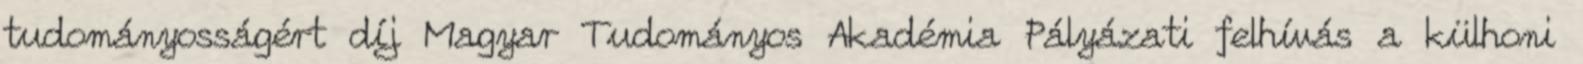
tudományosságért díj Magyar Tudományos Akadémia Pályázati felhívás a külhoni